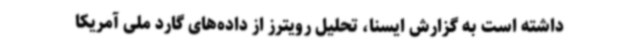
داشته است به گزارش ایسنا، تحلیل رویترز از داده‌های گارد ملی آمریکا